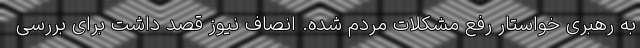
به رهبری خواستار رفع مشکلات مردم شده. انصاف نیوز قصد داشت برای بررسی